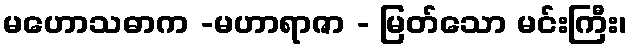
မဟောသဓာက -မဟာရာဇာ - မြတ်သော မင်းကြီး၊